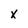
Character: x